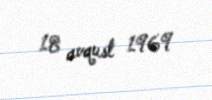
18 avqust 1969